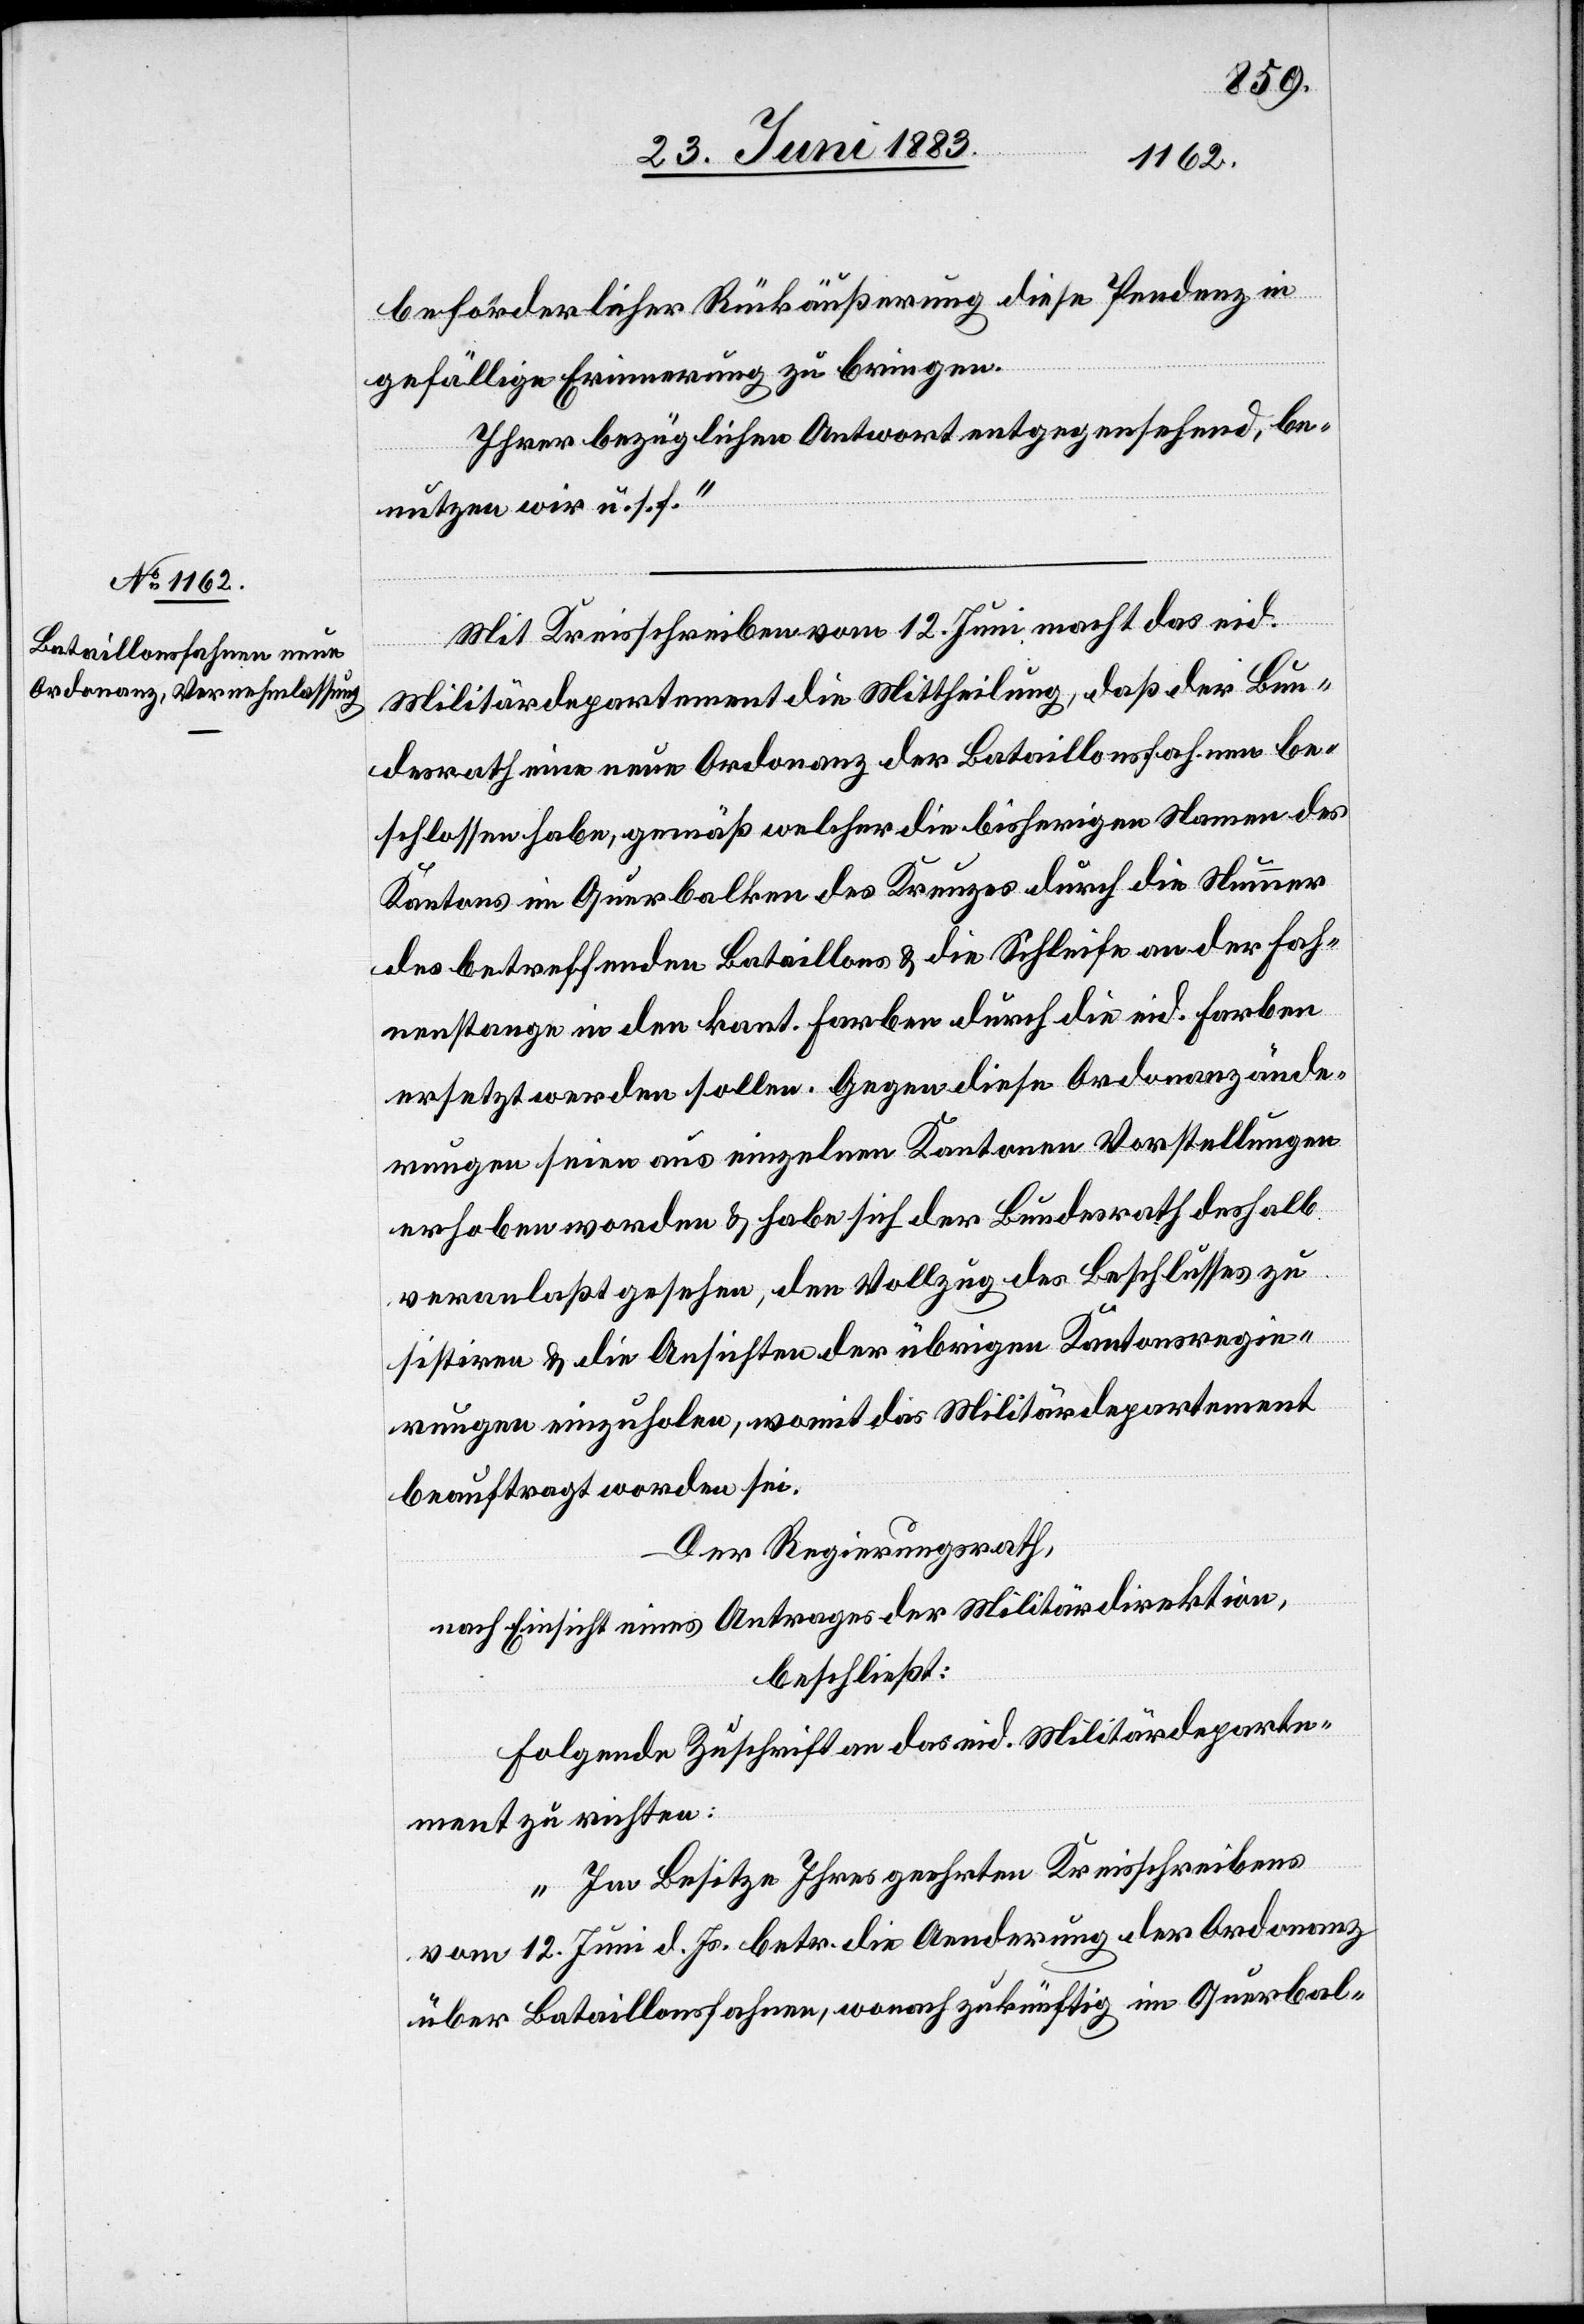
beförderlicher Rückäußerung diese Pendenz in
gefällige Erinnerung zu bringen.
Ihrer bezüglichen Antwort entgegensehend, be¬
nutzen wir u. s. f.“
Mit Kreisschreiben vom 12. Juni macht das eid.
Militärdepartement die Mittheilung, daß der Bun¬
desrath eine neue Ordonanz der Bataillonsfahnen be¬
schlossen habe, gemäß welcher die bisherigen Namen des
Kantons im Querbalken des Kreuzes durch die Nummer
des betreffenden Bataillons & die Schleife an der Fah¬
nenstange in den kant. Farben durch die eid. Farben
ersetzt werden sollen. Gegen diese Ordonanzände¬
rungen seien aus einzelnen Kantonen Vorstellungen
erhoben worden & habe sich der Bundesrath deshalb
veranlaßt gesehen, den Vollzug des Beschlusses zu
sistiren & die Ansichten der übrigen Kantonsregie¬
rungen einzuholen, womit das Militärdepartement
beauftragt worden sei.
Der Regierungsrath,
nach Einsicht eines Antrages der Militärdirektion,
beschließt:
Folgende Zuschrift an das eid. Militärdeparte¬
ment zu richten:
„Im Besitze Ihres geehrten Kreisschreibens
vom 12. Juni d. Js. betr. die Aenderung der Ordonanz
über Bataillonsfahnen, wonach zukünftig im Querbal-